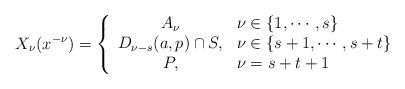
LaTeX: \begin{align*}X_\nu(x^{-\nu})=\left\lbrace\begin{array}{cl}A_\nu&\nu\in\{1,\cdots,s\}\\D_{\nu-s}(a,p)\cap S,&\nu\in\{s+1,\cdots,s+t\}\\P,&\nu=s+t+1\end{array}\right.\end{align*}